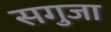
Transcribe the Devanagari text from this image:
सगुजा